Scientific memoirs by medical officers of the Army of India - Part V,
Year: 1890
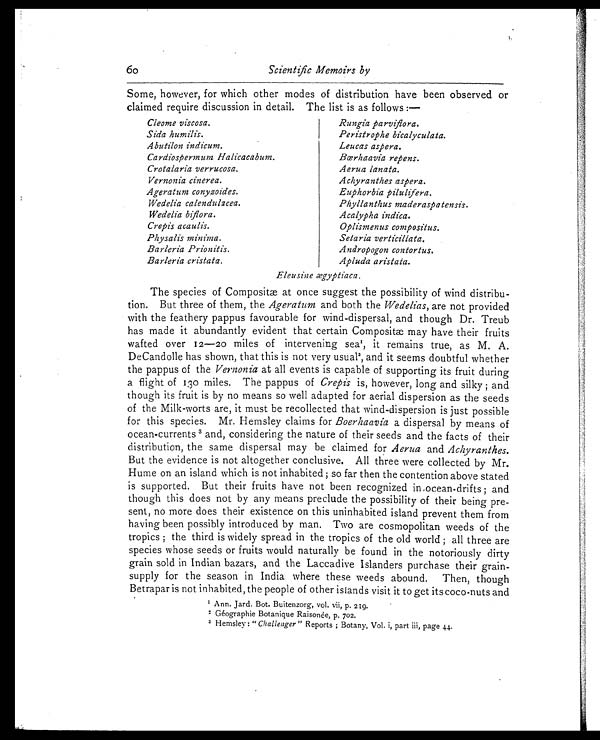
60
Scientific Memoirs by
Some, however, for which other modes of distribution have been observed or
claimed require discussion in detail. The list is as follows:—
Cleome viscosa.
Sida humilis.
Abutilon indicum.
Cardiospermum Halicacabum.
Crotalaria verrucosa.
Vernonia cinerea.
Ageratum conyzoides.
Wedelia calendulacea.
Wedelia biflora.
Crepis acaulis.
Physalis minima.
Barleria Prionitis.
Barleria cristata.
Rungia parviflora.
Peristrophe bicalyculata.
Leucas aspera.
Bœrhaavia repens.
Aerua lanata.
Achyranthes aspera.
Euphorbia pilulifera.
Phyllanthus maderaspatensis.
Acalypha indica.
Op l i s me n u s c o mp o s i t u s .
S e t a r i a v e r t i c i l l a t a . A n d r o p o g o n c o n t o r t u s . A p l u d a a r i s t a t a . E l e u s i n e æ g y p t i a c a .
The species of Compositæ at once suggest the possibility of wind distribu
- t i o n . B u t t h r e e o f t h e m , t h e
A g e r a t u m
a n d b o t h t h e
W e d e l i a s ,
a r e n o t p r o v i d e d
with the feathery pappus favourable for wind-dispersal, and though Dr. Treub
has made it abundantly evident that certain Compositæ may have their fruits
wafted over 12—20 miles of intervening sea1, it remains true, as M. A.
DeCandolle has shown, that this is not very usual2, and it seems doubtful whether
the pappus of the Vernonia at all events is capable of supporting its fruit during
a flight of 130 miles. The pappus of Crepis is, however, long and silky; and
though its fruit is by no means so well adapted for aerial dispersion as the seeds
of the Milk-worts are, it must be recollected that wind-dispersion is just possible
for this species. Mr. Hemsley claims for Boerhaavia a dispersal by means of
ocean-currents 3 and, considering the nature of their seeds and the facts of their
distribution, the same dispersal may be claimed for Aerua and Achyranthes.
But the evidence is not altogether conclusive. All three were collected by Mr.
Hume on an island which is not inhabited; so far then the contention above stated
is supported. But their fruits have not been recognized in ocean-drifts; and
though this does not by any means preclude the possibility of their being pre
- s e n t , n o m o r e d o e s t h e i r e x i s t e n c e o n t h i s u n i n h a b i t e d i s l a n d p r e v e n t t h e m f r o m
having been possibly introduced by man. Two are cosmopolitan weeds of the
tropics; the third is widely spread in the tropics of the old world; all three are
species whose seeds or fruits would naturally be found in the notoriously dirty
grain sold in Indian bazars, and the Laccadive Islanders purchase their grain-
supply for the season in India where these weeds abound. Then, though
Betrapar is not inhabited, the people of other islands visit it to get its coco-nuts and
1 A n n . J a r d . B o t . B u i t e n z o r g , v o l . v i i , p . 2 1 9 .
2 G é o g r a p h i e B o t a n i q u e R a i s o n é e , p . 7 0 2 .
3 H e m s l e y ; " C h a l l e n g e r " R e p o r t s ; B o t a n y , V o l . i , p a r t i i i , p a g e 4 4 .